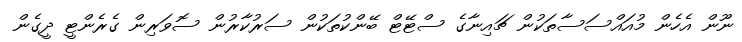
ނޫން އެހެން މުއައްސަސާތަކުން ޗައިނާގެ ސްޓޭޓް ބޭންކުތަކުން ސަރުކާރުން ސޮވަރިން ގެރެންޓީ ދީގެން